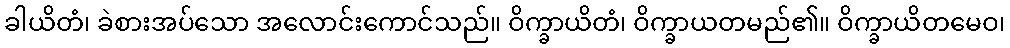
ခါယိတံ၊ ခဲစားအပ်သော အလောင်းကောင်သည်။ ဝိက္ခာယိတံ၊ ဝိက္ခာယတမည်၏။ ဝိက္ခာယိတမေဝ၊